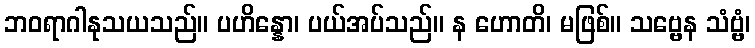
ဘဝရာဂါနုသယသည်။ ပဟိန္နော၊ ပယ်အပ်သည်။ န ဟောတိ၊ မဖြစ်။ သဗ္ဗေန သံဗ္ဗံ၊